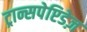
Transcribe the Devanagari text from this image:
ट्रान्सपेप्टिडेज़